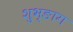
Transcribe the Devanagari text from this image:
शुभ्ङाग